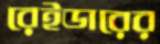
রেইডারের